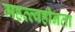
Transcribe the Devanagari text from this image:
महत्त्वहीनता